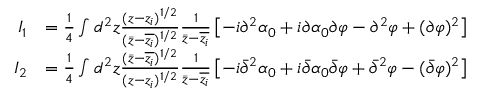
\begin{array} { r l } { I _ { 1 } } & { = \frac { 1 } { 4 } \int d ^ { 2 } z \frac { ( z - z _ { i } ) ^ { 1 / 2 } } { ( \bar { z } - \overline { { z _ { i } } } ) ^ { 1 / 2 } } \frac { 1 } { \bar { z } - \overline { { z _ { i } } } } \left[ - i \partial ^ { 2 } \alpha _ { 0 } + i \partial \alpha _ { 0 } \partial \varphi - \partial ^ { 2 } \varphi + ( \partial \varphi ) ^ { 2 } \right] } \\ { I _ { 2 } } & { = \frac { 1 } { 4 } \int d ^ { 2 } z \frac { ( \bar { z } - \overline { { z _ { i } } } ) ^ { 1 / 2 } } { ( z - z _ { i } ) ^ { 1 / 2 } } \frac { 1 } { \bar { z } - \overline { { z _ { i } } } } \left[ - i \bar { \partial } ^ { 2 } \alpha _ { 0 } + i \bar { \partial } \alpha _ { 0 } \bar { \partial } \varphi + \bar { \partial } ^ { 2 } \varphi - ( \bar { \partial } \varphi ) ^ { 2 } \right] } \end{array}